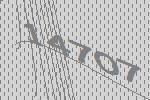
14707